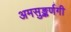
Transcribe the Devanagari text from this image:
अमसुङ्कर्णगी